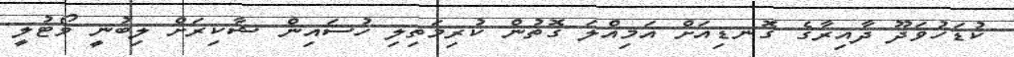
ކުޑަހުވަދޫ ދާއިރާގެ ގޮނޑިއަށް އަމިއްލަ ގޮތުން ކުރިމަތިލި ހުސައިން ޝާކިރަށް ލިބުނީ ވޯޓުލީ